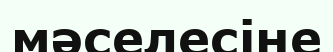
мәселесіне